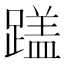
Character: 𬧏